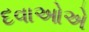
દવાઓએ